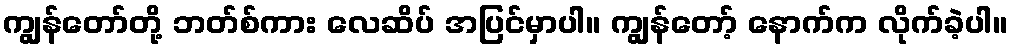
ကျွန်တော်တို့ ဘတ်စ်ကား လေဆိပ် အပြင်မှာပါ။ ကျွန်တော့် နောက်က လိုက်ခဲ့ပါ။